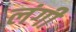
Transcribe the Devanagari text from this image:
लंगी